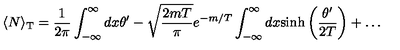
\langle N \rangle _ { \mathrm { T } } = \frac { 1 } { 2 \pi } \int _ { - \infty } ^ { \infty } d x \theta ^ { \prime } - \sqrt { \frac { 2 m T } { \pi } } e ^ { - m / T } \int _ { - \infty } ^ { \infty } d x \mathrm { s i n h } \left( \frac { \theta ^ { \prime } } { 2 T } \right) + \dots